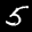
Label: 5